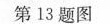
第13题图